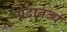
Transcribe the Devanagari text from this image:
प्रदातव्यं